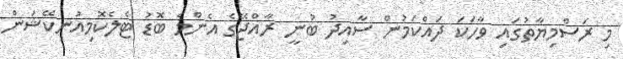
މި ރަސްމިޔާތުގައި ވާހަކަ ދައްކަމުން ސާއިދު ބުނީ ރާއްޖޭގެ އެންމެ ބޮޑު ޓެލެކޮމިއުނިކޭޝަން